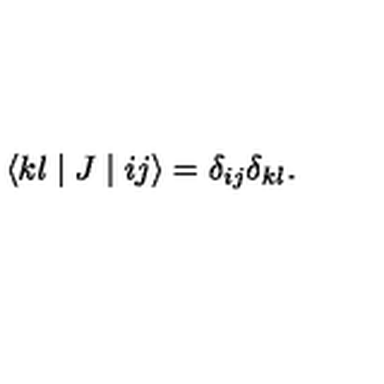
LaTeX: \langle k l \mid J \mid i j \rangle = \delta _ { i j } \delta _ { k l } .